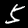
Label: 5